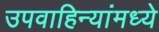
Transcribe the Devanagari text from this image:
उपवाहिन्यांमध्ये